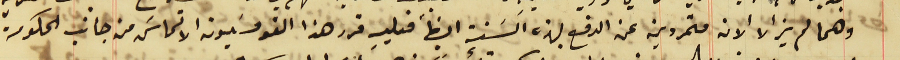
وهما لم يزالا الان متمردين عن الدفع بهذه السَنة ايضاً فعليه قرر هذا القومسَيون الالتماسَ من جانب الحكومة